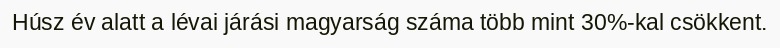
Húsz év alatt a lévai járási magyarság száma több mint 30%-kal csökkent.